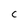
Character: c